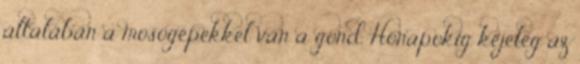
általában a mosógépekkel van a gond. Hónapokig kéjeleg az